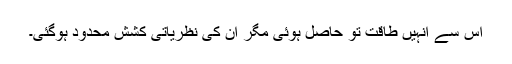
اس سے انہیں طاقت تو حاصل ہوئی مگر ان کی نظریاتی کشش محدود ہوگئی۔